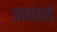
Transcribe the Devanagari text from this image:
जाययचे